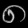
Digit: ၈